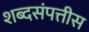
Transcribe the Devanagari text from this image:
शब्दसंपत्तीस